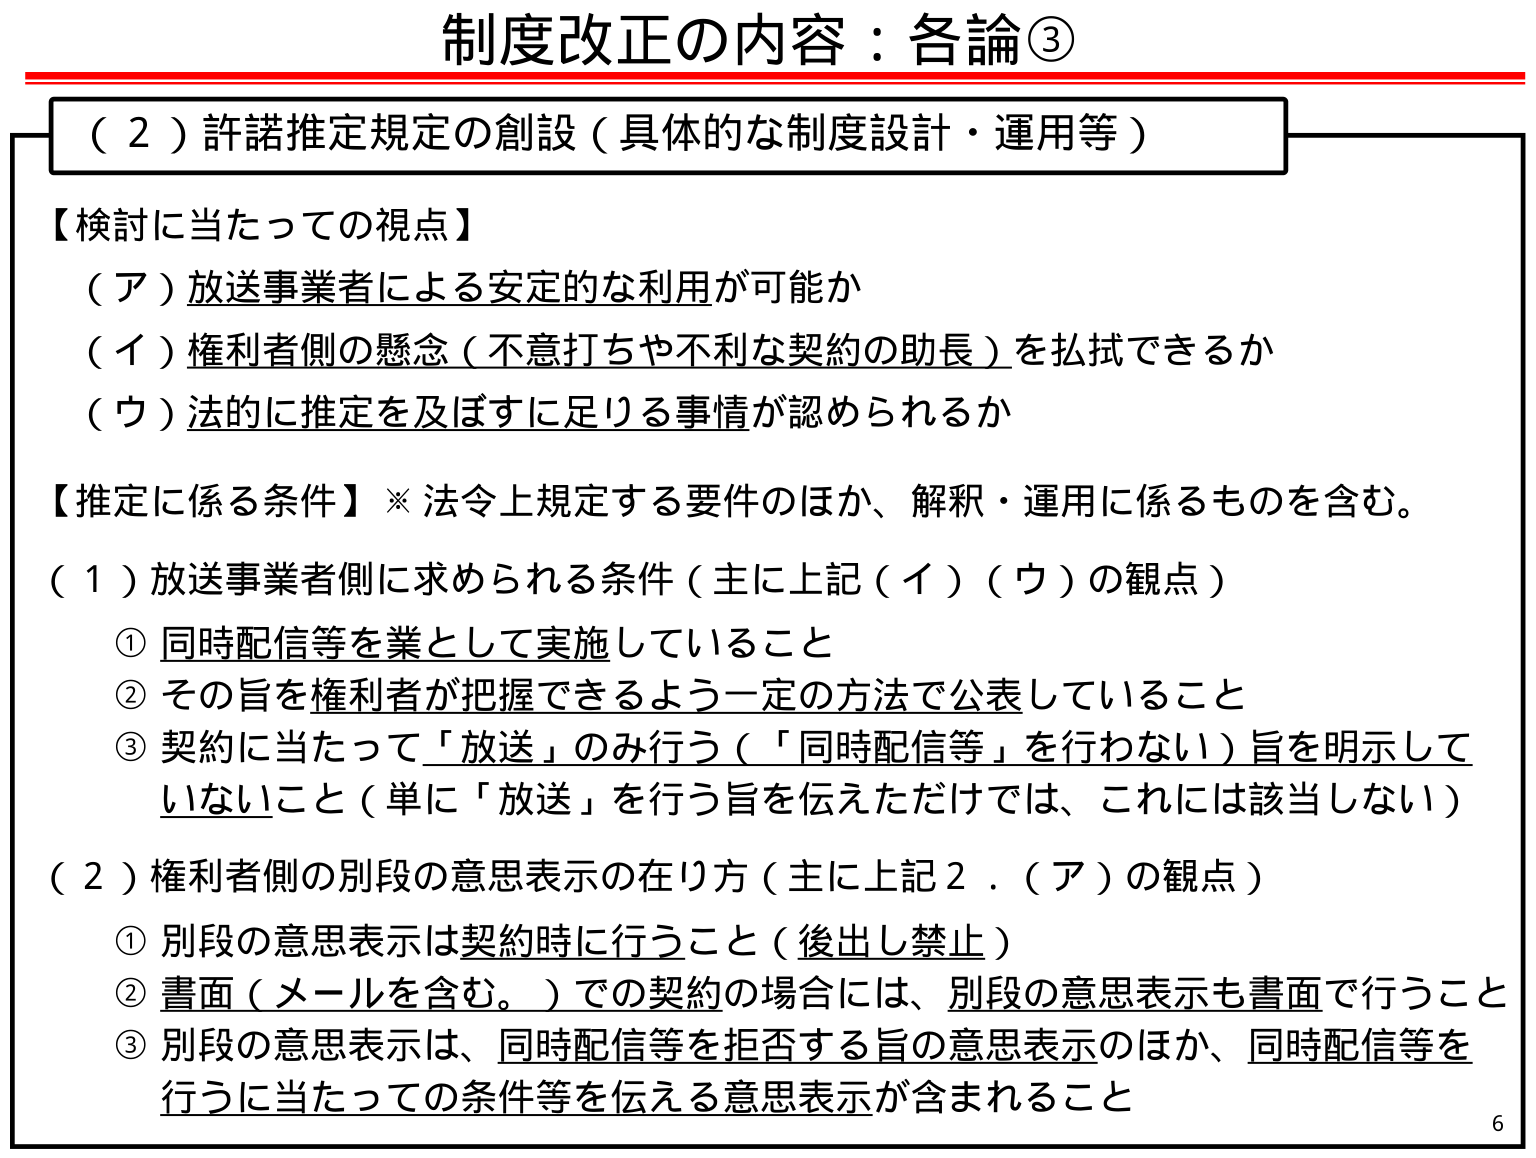
制度改正の内容：各論③

（２）許諾推定規定の創設（具体的な制度設計・運用等）

【検討に当たっての視点】
（ア）放送事業者による安定的な利用が可能か
（イ）権利者側の懸念（不意打ちや不利な契約の助長）を払拭できるか
（ウ）法的に推定を及ぼすに足りる事情が認められるか

【推定に係る条件】※法令上規定する要件のほか、解釈・運用に係るものを含む。

（１）放送事業者側に求められる条件（主に上記（イ）（ウ）の観点）
① 同時配信等を業として実施していること
② その旨を権利者が把握できるよう一定の方法で公表していること
③ 契約に当たって「放送」のみ行う（「同時配信等」を行わない）旨を明示していないこと（単に「放送」を行う旨を伝えただけでは、これには該当しない）

（２）権利者側の別段の意思表示の在り方（主に上記２．（ア）の観点）
① 別段の意思表示は契約時に行うこと（後出し禁止）
② 書面（メールを含む。）での契約の場合には、別段の意思表示も書面で行うこと
③ 別段の意思表示は、同時配信等を拒否する旨の意思表示のほか、同時配信等を行うに当たっての条件等を伝える意思表示が含まれること

6